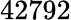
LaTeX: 42792